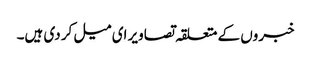
خبروں کے متعلقہ تصاویر ای میل کر دی ہیں۔